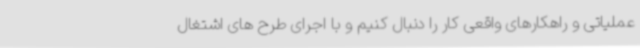
عملیاتی و راهکارهای واقعی کار را دنبال کنیم و با اجرای طرح های اشتغال